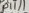
Text: D11/1